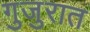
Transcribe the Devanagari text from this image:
गुजुरात